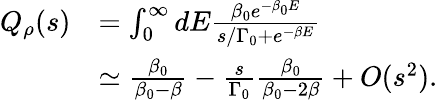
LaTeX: \begin{array}{rl}{Q_{\rho}(s)}&{=\int_{0}^{\infty}dE\frac{\beta_{0}e^{-\beta_{0}E}}{s/\Gamma_{0}+e^{-\beta E}}}\\ &{\simeq\frac{\beta_{0}}{\beta_{0}-\beta}-\frac{s}{\Gamma_{0}}\frac{\beta_{0}}{\beta_{0}-2\beta}+O(s^{2}).}\end{array}